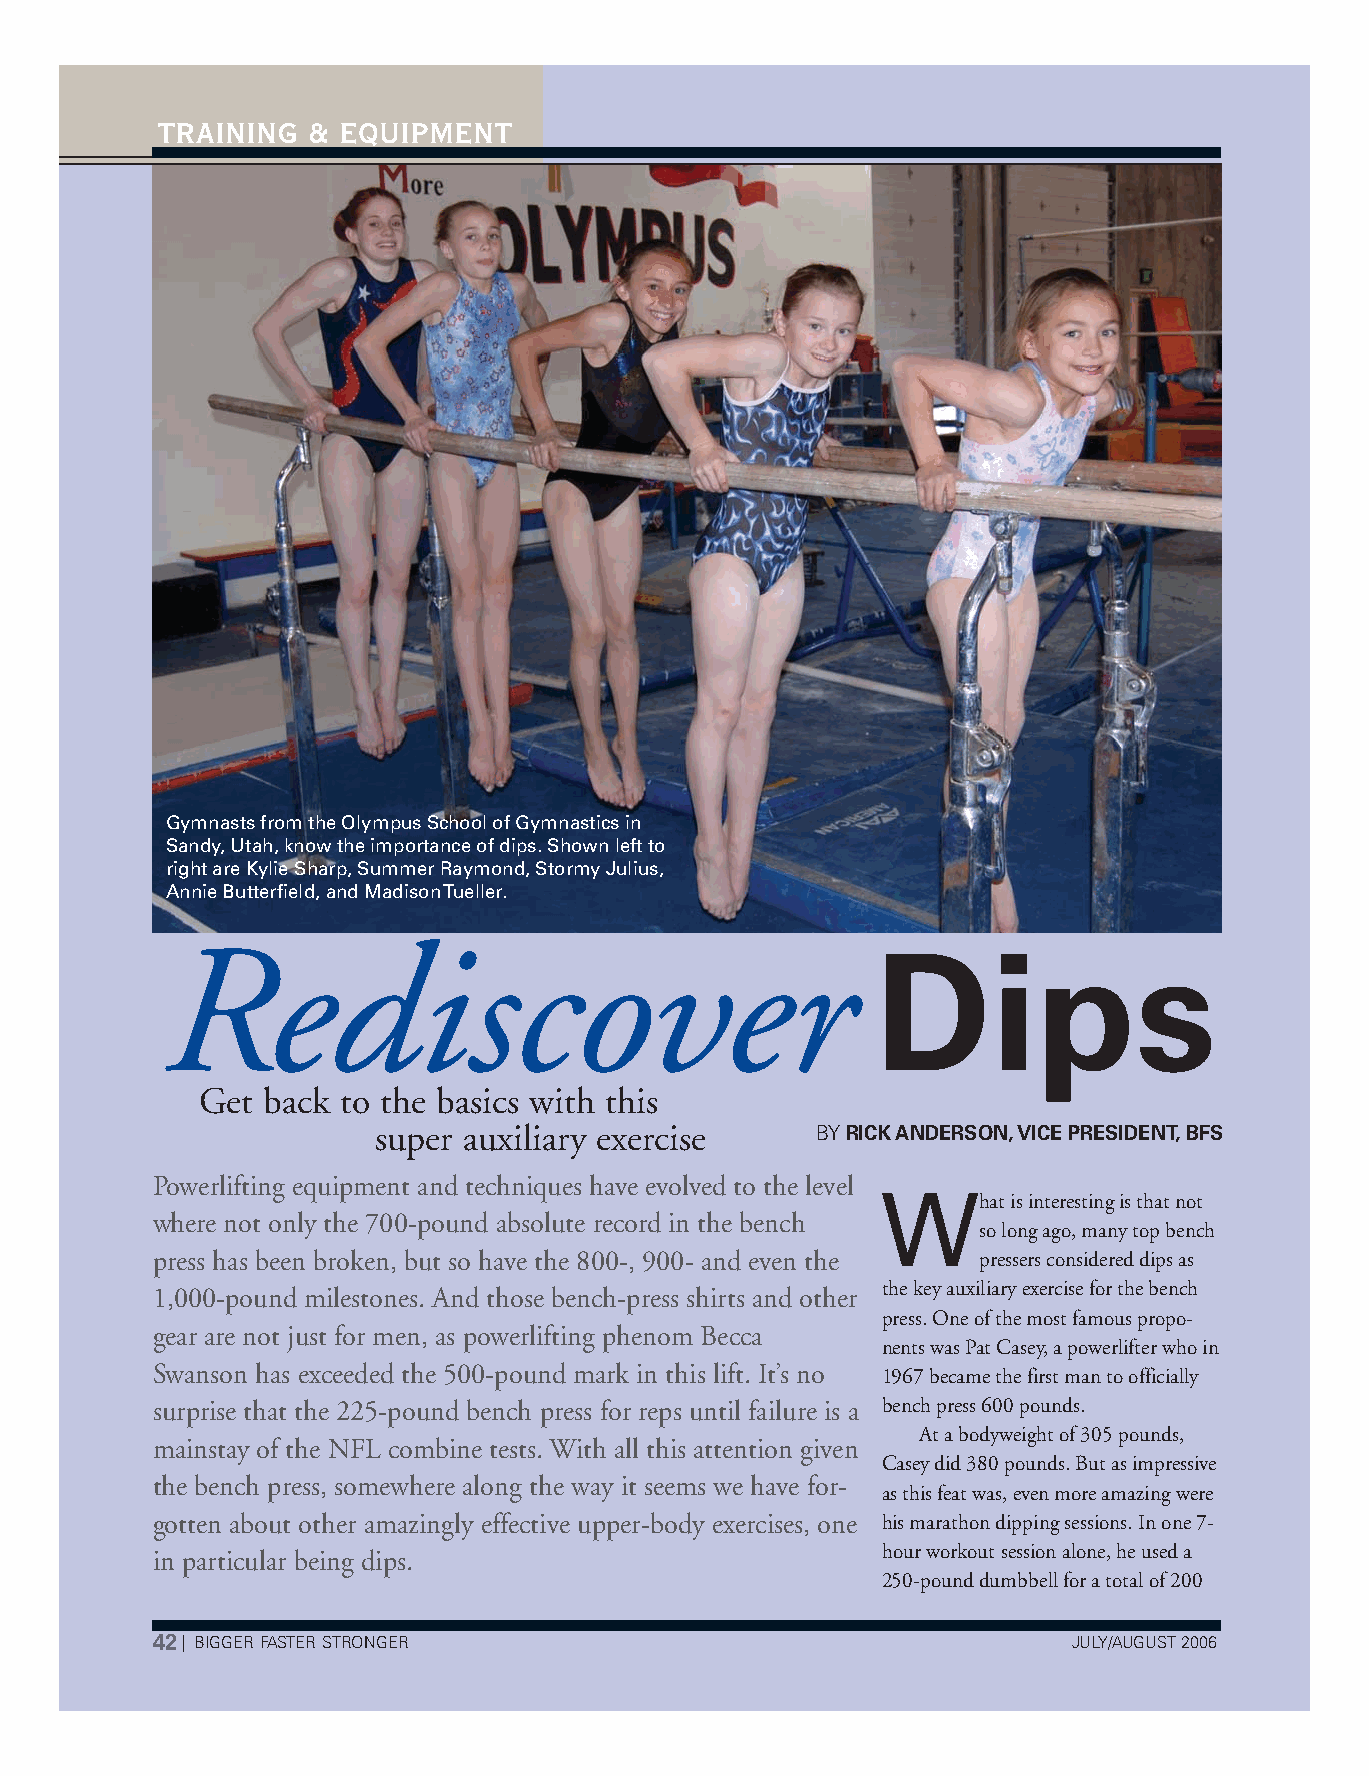
TRAINING  &  EQUIPMENT
 Gymnasts from the Olympus School of Gymnastics in
 Sandy, Utah, know the importance of dips. Shown left to
 right are Kylie Sharp, Summer Raymond, Stormy Julius,
 Annie Butterfield, and Madison Tueller.
 Rediscover                                     Dips
 Get back  to the basics with this
 super auxiliary exercise     BY RICK ANDERSON,VICE PRESIDENT,BFS
 Powerlifting equipment and techniques have evolved to the level
 W
 hat is interesting is that not
 where not only the 700-pound absolute record in the bench
 so long ago, many top bench
 press has been broken, but so have the 800-, 900- and even the pressers considered dips as
 the key auxiliary exercise for the bench
 1,000-pound milestones. And those bench-press shirts and other
 press. One of the most famous propo-
 gear are not just for men, as powerlifting phenom Becca
 nents was Pat Casey, a powerlifter who in
 Swanson has exceeded the 500-pound mark in this lift. It’s no 1967 became the first man to officially
 surprise that the 225-pound bench press for reps until failure is a bench press 600 pounds.
 At a bodyweight of 305 pounds,
 mainstay of the NFL combine tests. With all this attention given
 Casey did 380 pounds. But as impressive
 the bench press, somewhere along the way it seems we have for-
 as this feat was, even more amazing were
 gotten about other amazingly effective upper-body exercises, one his marathon dipping sessions. In one 7-
 hour workout session alone, he used a
 in particular being dips.
 250-pound dumbbell for a total of 200
 42| BIGGER FASTER STRONGER                                   JULY/AUGUST 2006